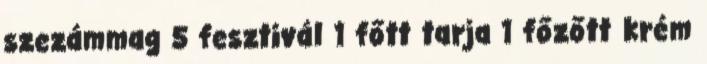
szezámmag 5 fesztivál 1 főtt tarja 1 főzőtt krém